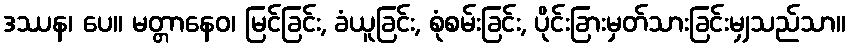
ဒဿန၊ ပေ။ မတ္တာနေဝ၊ မြင်ခြင်း, ခံယူခြင်း, စုံစမ်းခြင်း, ပိုင်းခြားမှတ်သားခြင်းမျှသည်သာ။